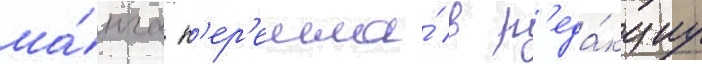
ма́нга п'ер'ешла́ в р'еда́кциу